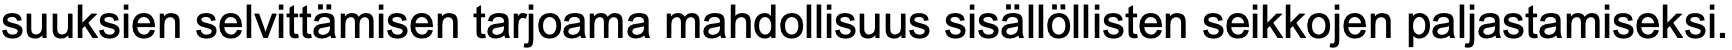
suuksien selvittämisen tarjoama mahdollisuus sisällöllisten seikkojen paljastamiseksi.